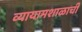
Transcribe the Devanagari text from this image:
व्यायामशाळाची